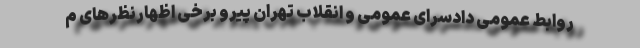
روابط عمومی دادسرای عمومی و انقلاب تهران پیرو برخی اظهارنظر‌های م